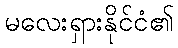
မလေးရှားနိုင်ငံ၏